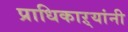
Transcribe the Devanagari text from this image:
प्राधिकाऱ्यांनी